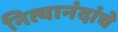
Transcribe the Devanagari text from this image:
नित्यानंदांचे